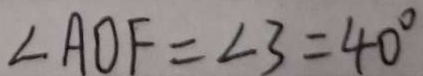
\angle A O F = \angle 3 = 4 0 ^ { \circ }